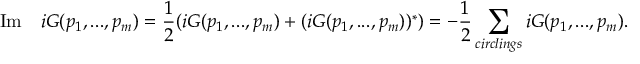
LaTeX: \mathrm { I m } \quad i G ( p _ { 1 } , . . . , p _ { m } ) = \frac 1 2 ( i G ( p _ { 1 } , . . . , p _ { m } ) + ( i G ( p _ { 1 } , . . . , p _ { m } ) ) ^ { * } ) = - \frac 1 2 \sum _ { c i r c l i n g s } i G ( p _ { 1 } , . . . , p _ { m } ) .